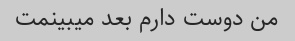
من دوست دارم بعد میبینمت